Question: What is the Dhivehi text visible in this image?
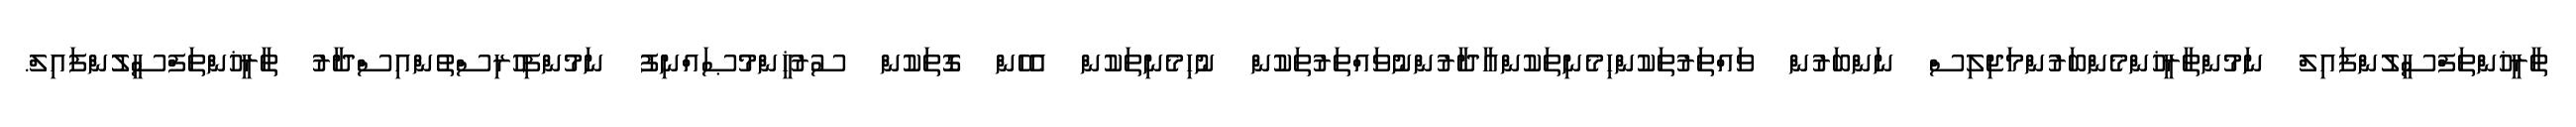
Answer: ތާރީޚުންތަފްސީލުންފައިލް ނަމުންތާރީޚުންމެންބަރުންމަޖިލިސް ނަންބަރުން ވައްތަރުތަކުންހިމެނިތަކުންއާދާރުންނުވައްތަރުތަކުން ނުހިމެނިތަކުން އެހެން ގޮތަކުން ސުރުޚީންމުޞައްނިފު ނަމުންފިހުރިސްތުންއިސްދާރު ތާރީޚުންތަފްސީލުންފައިލް.